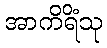
အာကိရိံသု